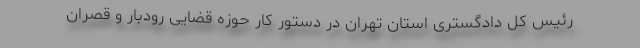
رئیس کل دادگستری استان تهران در دستور کار حوزه قضایی رودبار و قصران